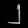
Digit: ၂